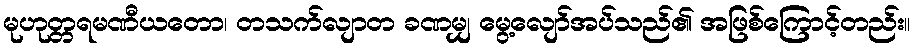
မုဟုတ္တရမဏီယတော၊ တသက်လျာတ ခဏမျှ မွေ့လျော်အပ်သည်၏ အဖြစ်ကြောင့်တည်း။